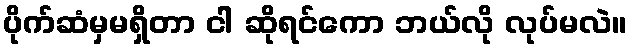
ပိုက်ဆံမှမရှိတာ ငါ ဆိုရင်ကော ဘယ်လို လုပ်မလဲ။